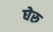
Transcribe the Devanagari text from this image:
घेरु